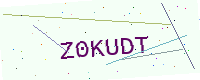
Text: Z0KUDT